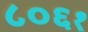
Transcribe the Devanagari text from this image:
८०६१